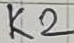
Text: K2